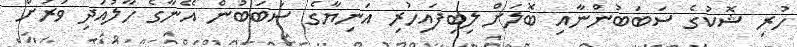
ހުރި ޝޮކުގެ ސަބަބުންނާއި ބޮލަށް ލިބިފައިހުރި އަނިޔާގެ ސަބަބުން އޭނާގެ ހާލުއަދި ވަރަށް